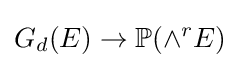
G_{d}(E)\to \mathbb {P} (\wedge ^{r}E)